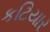
કટિયાર